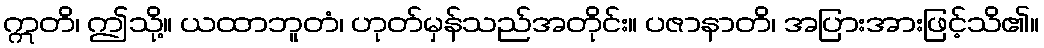
ဣတိ၊ ဤသို့။ ယထာဘူတံ၊ ဟုတ်မှန်သည်အတိုင်း။ ပဇာနာတိ၊ အပြားအားဖြင့်သိ၏။